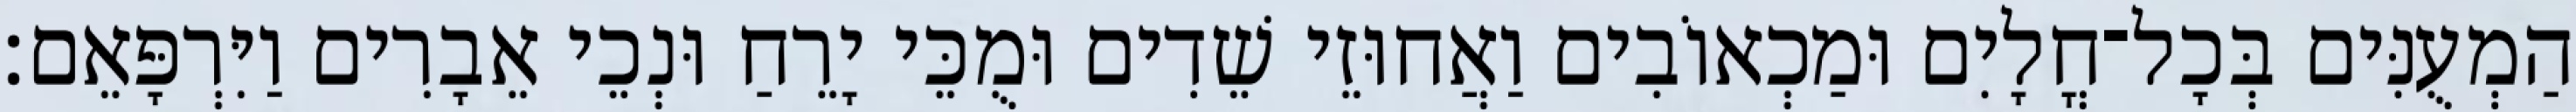
הַמְעֻנִּים בְּכָל־חֳלָיִם וּמַכְאוֹבִים וַאֲחוּזֵי שֵׁדִים וּמֻכֵּי יָרֵחַ וּנְכֵי אֵבָרִים וַיִּרְפָּאֵם׃